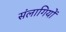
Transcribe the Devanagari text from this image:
संलागियों